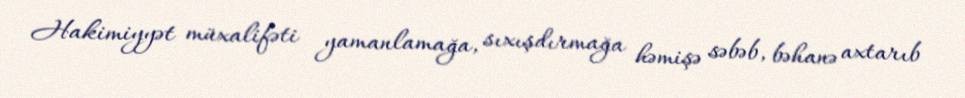
Hakimiyyət müxalifəti yamanlamağa, sıxışdırmağa həmişə səbəb, bəhanə axtarıb